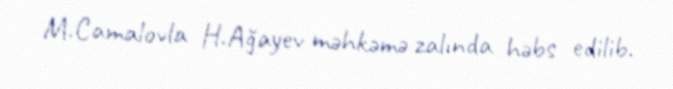
M.Camalovla H.Ağayev məhkəmə zalında həbs edilib.